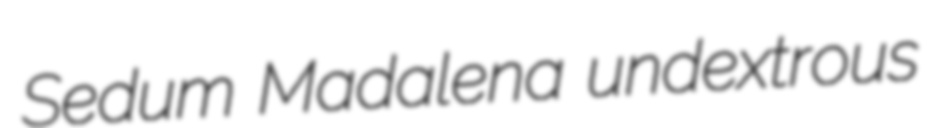
Sedum Madalena undextrous